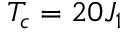
T _ { c } = 2 0 J _ { 1 }